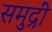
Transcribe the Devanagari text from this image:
समुद्रीं